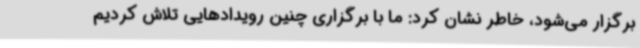
برگزار می‌شود، خاطر نشان کرد: ما با برگزاری چنین رویدادهایی تلاش کردیم